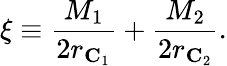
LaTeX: \xi\equiv\frac{M_{1}}{2r_{{\mathbf C}_{1}}}+\frac{M_{2}}{2r_{{\mathbf C}_{2}}}.